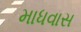
માધવાસ